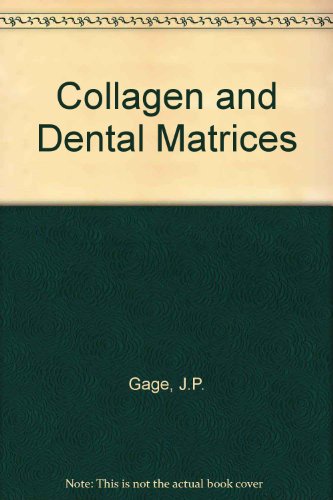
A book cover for Collagen and Dental Matrices; Joy P. Gage; Medical Books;